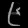
Digit: ၉